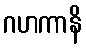
ဂဟကာနိ